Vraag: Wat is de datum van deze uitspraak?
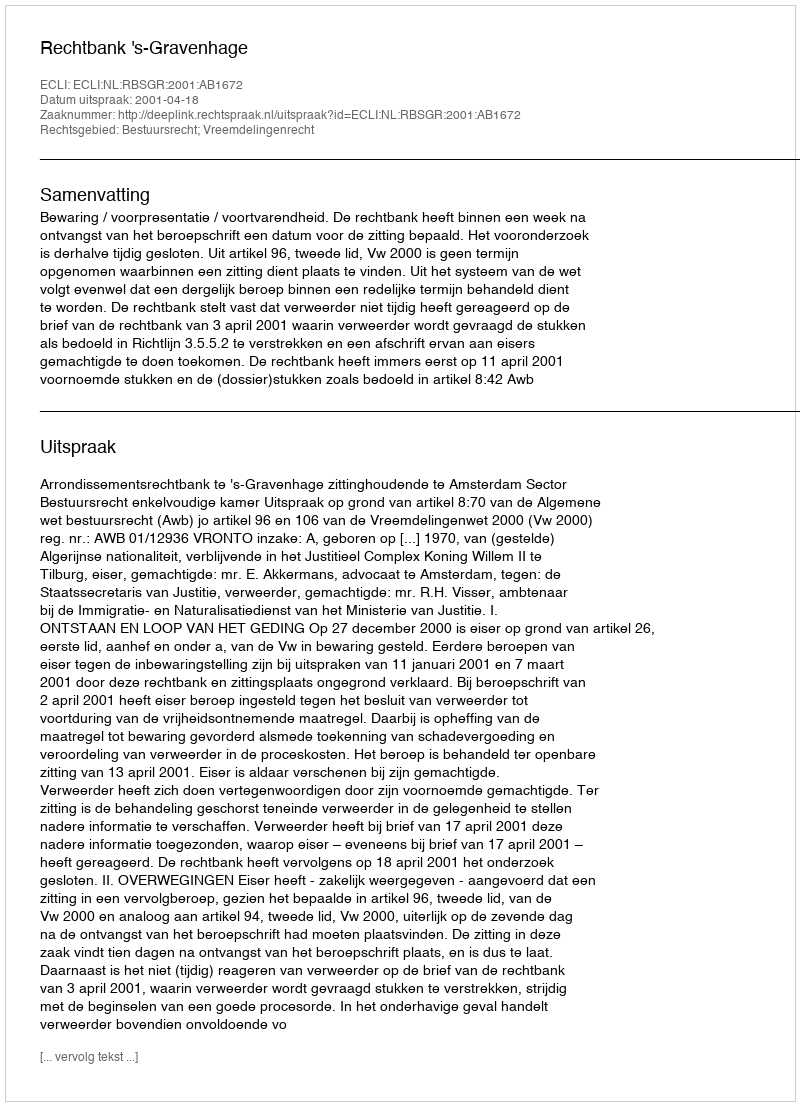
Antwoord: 2001-04-18